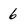
Character: 6